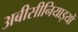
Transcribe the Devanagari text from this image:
अबीसीनियाइयों